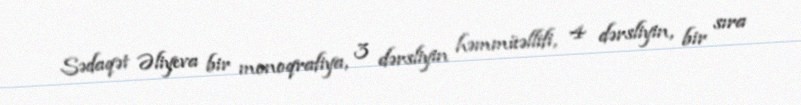
Sədaqət Əliyeva bir monoqrafiya, 3 dərsliyin həmmüəllifi, 4 dərsliyin, bir sıra